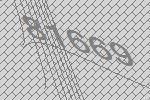
81669